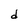
Character: d